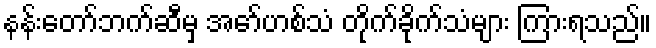
နန်းတော်ဘက်ဆီမှ အော်ဟစ်သံ တိုက်ခိုက်သံများ ကြားရသည်။